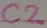
Text: C2